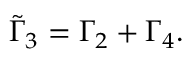
\tilde { \Gamma } _ { 3 } = \Gamma _ { 2 } + \Gamma _ { 4 } .